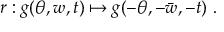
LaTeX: r : g ( \theta , w , t ) \mapsto g ( - \theta , - \bar { w } , - t ) ~ .